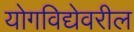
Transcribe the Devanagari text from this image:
योगविद्येवरील